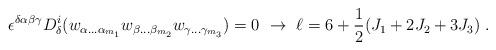
LaTeX: \begin{align*} \epsilon^{\delta\alpha\beta\gamma}D^i_\delta(w_{\alpha\ldots\alpha_{m_1}}w_{\beta\ldots\beta_{m_2}} w_{\gamma\ldots\gamma_{m_3}}) = 0\ \rightarrow \ \ell = 6 +{1\over 2}(J_1+2J_2+3J_3)\;.\end{align*}